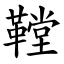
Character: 鞺